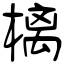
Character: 樆